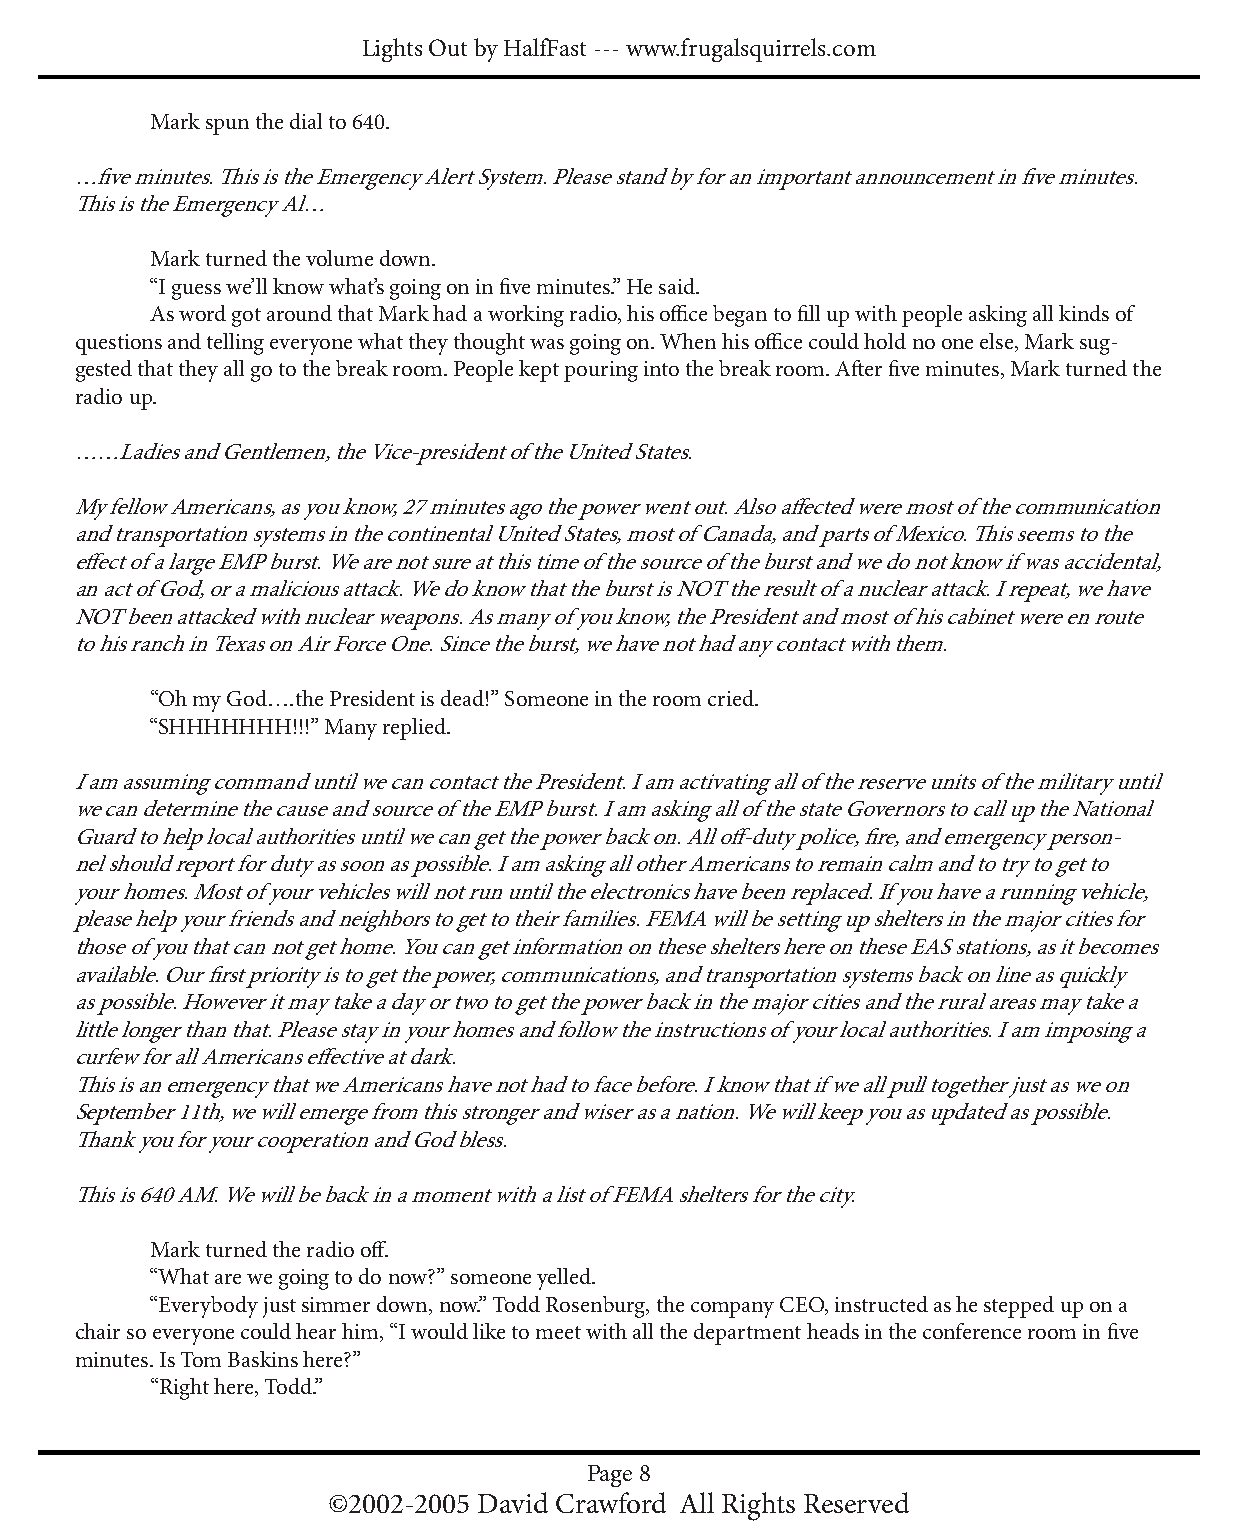
Lights Out by HalfFast --- www.frugalsquirrels.com
 Mark spun the dial to 640.
 …fiveminutes.ThisistheEmergencyAlertSystem.Pleasestandbyforanimportantannouncementinfiveminutes.
 ThisistheEmergencyAl…
 Mark turned the volume down.
 “I guess we’ll know what’s going on in fiveminutes.”Hesaid.
 As word got around that Mark had a working radio, his officebegantofillup withpeopleaskingallkindsof
 questions and telling everyone what they thought was going on. When his officecouldholdnooneelse,Marksug-
 gested that they all go to the break room. People kept pouring into the break room. Afterfiveminutes,Markturnedthe
 radio up.
 ……Ladies and Gentlemen, the Vice-president of the United States.
 My fellow Americans, as you know, 27 minutes ago the power went out. Also affectedweremostofthecommunication
 and transportation systems in the continental United States, most of Canada, and parts of Mexico. Thisseemstothe
 effectofalargeEMPburst.Wearenotsureatthistimeofthesourceoftheburstandwedonotknowifwasaccidental,
 an act of God, or a malicious attack. We do know that the burst is NOT the result of a nuclear attack. I repeat, we have
 NOT been attacked with nuclear weapons. As many of you know, the President and most of his cabinet were en route
 to his ranch in Texas on Air Force One. Since the burst, we have not had any contact with them.
 “Oh my God….the President is dead!” Someone in the room cried.
 “SHHHHHHH!!!” Many replied.
 I am assuming command until we can contact the President. I am activating all of the reserve units of the military until
 we can determine the cause and source of the EMP burst. I am asking all of the state Governors to call up the National
 Guard to help local authorities until we can get the power back on. All off-dutypolice,fire,andemergencyperson-
 nel should report for duty as soon as possible. I am asking all other Americans to remain calm and to try to get to
 your homes. Most of your vehicles will not run until the electronics have been replaced. If you have a running vehicle,
 please help your friends and neighbors to get to their families. FEMA will be setting up shelters in the major cities for
 those of you that can not get home. You can get information on these shelters here on these EAS stations, as it becomes
 available. Our firstpriorityistogetthepower,communications,andtransportationsystemsbackonlineasquickly
 as possible. However it may take a day or two to get the power back in the major cities and the rural areas may take a
 little longer than that. Please stay in your homes and follow the instructions of your local authorities. I am imposing a
 curfew for all Americans effectiveatdark.
 ThisisanemergencythatweAmericanshavenothadtofacebefore.Iknowthatifweallpulltogetherjustasweon
 September 11th, we will emerge from this stronger and wiser as a nation. We will keep you as updated as possible.
 ThankyouforyourcooperationandGodbless.
 Thisis640AM.WewillbebackinamomentwithalistofFEMAsheltersforthecity.
 Mark turned the radio off.
 “What are we going to do now?” someone yelled.
 “Everybody just simmer down, now.” Todd Rosenburg, the company CEO, instructed as he stepped up on a
 chair so everyone could hear him, “I would like to meet with all the department heads in the conference room in five
 minutes. Is Tom Baskins here?”
 “Right here, Todd.”
 Page 8
 ©2002-2005 David Crawford All Rights Reserved